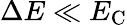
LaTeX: \Delta E\ll E_{\mathrm C}